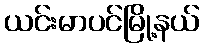
ယင်းမာပင်မြို့နယ်